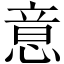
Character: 意